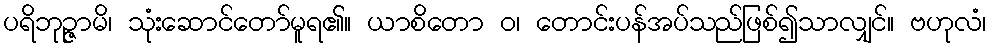
ပရိဘုဉ္ဇာမိ၊ သုံးဆောင်တော်မူရ၏။ ယာစိတော ဝ၊ တောင်းပန်အပ်သည်ဖြစ်၍သာလျှင်။ ဗဟုလံ၊